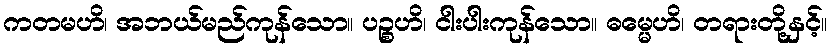
ကတမဟိ၊ အဘယ်မည်ကုန်သော။ ပဉ္စဟိ၊ ငါးပါးကုန်သော။ ဓမ္မေဟိ၊ တရားတို့နှင့်။